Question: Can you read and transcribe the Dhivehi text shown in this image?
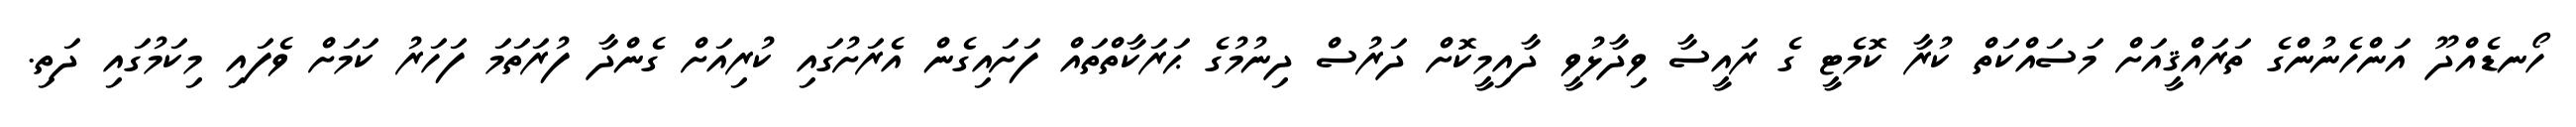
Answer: ހޯނޑެއްދޫ އަންހެނުންގެ ތަރައްޤީއަށް މަސައްކަތް ކުރާ ކޮމެޓީ ގެ ރައީސާ ވިދާޅުވީ ދާއިމީކޮށް ދަރުސް ދިނުމުގެ ޙަރަކާތްތައް ފަށައިގެން އެރަށުގައި ކުރިއަށް ގެންދާ ފުރަތަމަ ފަހަރު ކަމަށް ވެފައި މިކަމުގައި ދަތި.